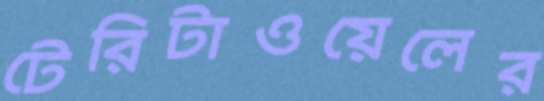
টেরিটাওয়েলের